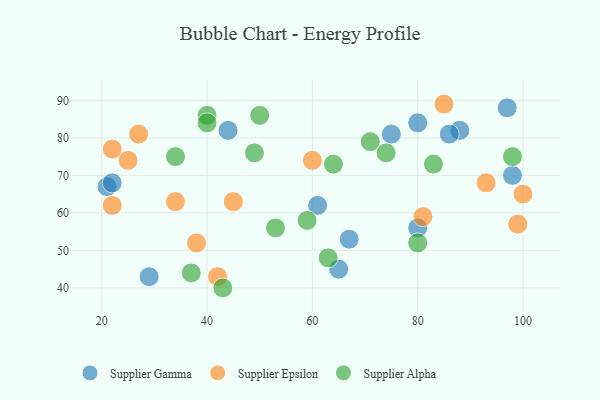
{"axis": {"x": "GDP", "y": "Life Expectancy"}, "legend": ["Supplier Alpha", "Supplier Epsilon", "Supplier Gamma"], "data": [{"x": "88", "y": 82, "type": "Supplier Gamma"}, {"x": "29", "y": 43, "type": "Supplier Gamma"}, {"x": "61", "y": 62, "type": "Supplier Gamma"}, {"x": "65", "y": 45, "type": "Supplier Gamma"}, {"x": "21", "y": 67, "type": "Supplier Gamma"}, {"x": "80", "y": 56, "type": "Supplier Gamma"}, {"x": "97", "y": 88, "type": "Supplier Gamma"}, {"x": "67", "y": 53, "type": "Supplier Gamma"}, {"x": "22", "y": 68, "type": "Supplier Gamma"}, {"x": "75", "y": 81, "type": "Supplier Gamma"}, {"x": "44", "y": 82, "type": "Supplier Gamma"}, {"x": "80", "y": 84, "type": "Supplier Gamma"}, {"x": "98", "y": 70, "type": "Supplier Gamma"}, {"x": "86", "y": 81, "type": "Supplier Gamma"}, {"x": "100", "y": 65, "type": "Supplier Epsilon"}, {"x": "38", "y": 52, "type": "Supplier Epsilon"}, {"x": "27", "y": 81, "type": "Supplier Epsilon"}, {"x": "22", "y": 62, "type": "Supplier Epsilon"}, {"x": "81", "y": 59, "type": "Supplier Epsilon"}, {"x": "99", "y": 57, "type": "Supplier Epsilon"}, {"x": "93", "y": 68, "type": "Supplier Epsilon"}, {"x": "34", "y": 63, "type": "Supplier Epsilon"}, {"x": "85", "y": 89, "type": "Supplier Epsilon"}, {"x": "60", "y": 74, "type": "Supplier Epsilon"}, {"x": "45", "y": 63, "type": "Supplier Epsilon"}, {"x": "25", "y": 74, "type": "Supplier Epsilon"}, {"x": "22", "y": 77, "type": "Supplier Epsilon"}, {"x": "42", "y": 43, "type": "Supplier Epsilon"}, {"x": "50", "y": 86, "type": "Supplier Alpha"}, {"x": "71", "y": 79, "type": "Supplier Alpha"}, {"x": "74", "y": 76, "type": "Supplier Alpha"}, {"x": "40", "y": 86, "type": "Supplier Alpha"}, {"x": "37", "y": 44, "type": "Supplier Alpha"}, {"x": "80", "y": 52, "type": "Supplier Alpha"}, {"x": "98", "y": 75, "type": "Supplier Alpha"}, {"x": "34", "y": 75, "type": "Supplier Alpha"}, {"x": "49", "y": 76, "type": "Supplier Alpha"}, {"x": "63", "y": 48, "type": "Supplier Alpha"}, {"x": "59", "y": 58, "type": "Supplier Alpha"}, {"x": "53", "y": 56, "type": "Supplier Alpha"}, {"x": "43", "y": 40, "type": "Supplier Alpha"}, {"x": "83", "y": 73, "type": "Supplier Alpha"}, {"x": "64", "y": 73, "type": "Supplier Alpha"}, {"x": "40", "y": 84, "type": "Supplier Alpha"}]}